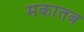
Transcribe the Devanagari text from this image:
मकातब